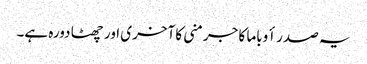
یہ صدر أوباما کا جرمنی کا آخری اور چھٹا دورہ ہے۔